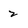
Character: 2